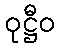
ဝုဋ္ဌီဝ